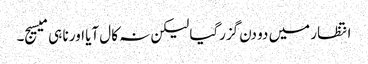
انتظار میں دو دن گزرگیا لیکن نہ کال آیا اور نا ہی میسیج۔